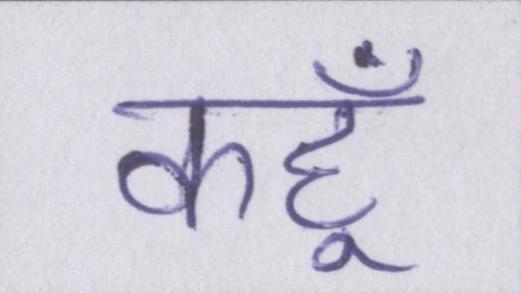
कहूँ